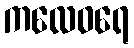
ကလေဝရေ